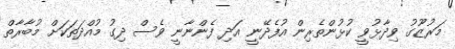
މަރުޒޫގު ވިދާޅުވީ ކުޅުންތެރިން އުފެދޭނީ އަދި ފެންނާނީ ވެސް ދިގު މުއްދަތަކަށް މުބާރާތް